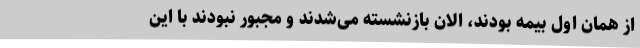
از همان اول بیمه بودند، الان بازنشسته می‌شدند و مجبور نبودند با این